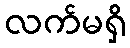
လက်မရှိ